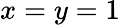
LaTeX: x=y=1